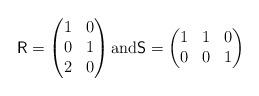
LaTeX: \begin{align*} \textsf{R} = \begin{pmatrix} 1 & 0 \\ 0 & 1 \\ 2 & 0\end{pmatrix} \textrm{and} \textsf{S} = \begin{pmatrix} 1 & 1 & 0 \\ 0 & 0 & 1\end{pmatrix}\end{align*}